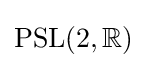
{\textstyle \operatorname {PSL} (2,\mathbb {R} )}